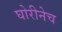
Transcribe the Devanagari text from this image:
घोरीनेच